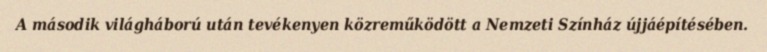
A második világháború után tevékenyen közreműködött a Nemzeti Színház újjáépítésében.